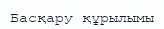
Басқару құрылымы